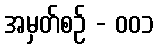
အမှတ်စဥ် - ၀၀၁